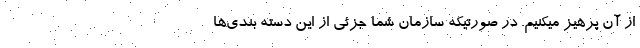
از آن پرهیز میکنیم. در صورتیکه سازمان شما جزئی از این دسته بندی‌ها